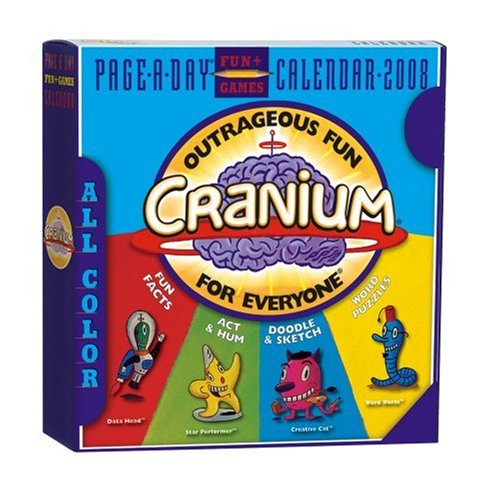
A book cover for Cranium Page-A-Day Calendar 2008: Outrageous Fun for Everyone (Page-A-Day Calendars); Workman Publishing; Calendars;